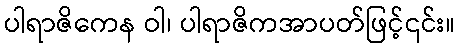
ပါရာဇိကေန ဝါ၊ ပါရာဇိကအာပတ်ဖြင့်၎င်း။